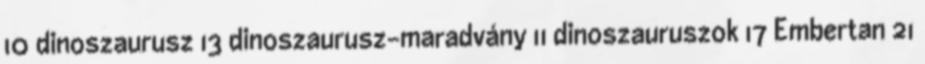
10 dinoszaurusz 13 dinoszaurusz-maradvány 11 dinoszauruszok 17 Embertan 21